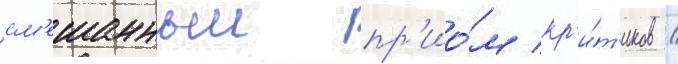
см'ешанныи пр'ио́м кр'и́т'иков /